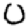
Digit: 0